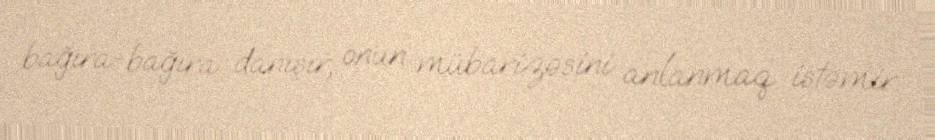
bağıra-bağıra danışır, onun mübarizəsini anlanmaq istəmir.